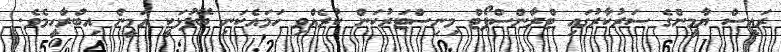
ރައީސް ޔާމީންގެ ސަރުކާރުގައި ޓްރާންސްޕޯޓް މިނިސްޓަރުކަން ކުރެއްވި ހަމައެކަނި ބޭފުޅަކީ އަމީން އިބްރާހީމެވެ.